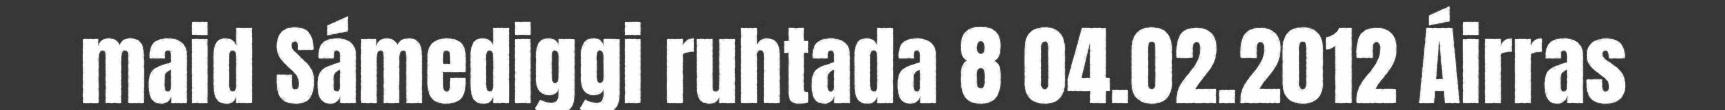
maid Sámediggi ruhtada 8 04.02.2012 Áirras